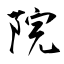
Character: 院